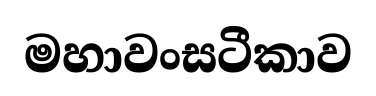
මහාවංසටීකාව